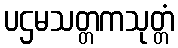
ပဌမသတ္တကသုတ္တံ